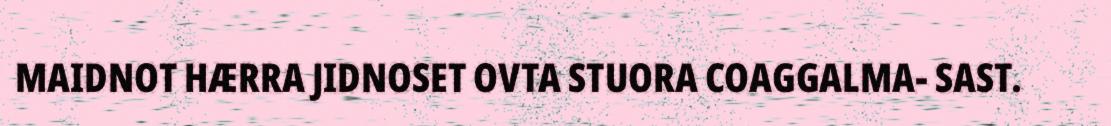
MAIDNOT HÆRRA JIDNOSET OVTA STUORA COAGGALMA- SAST.